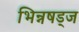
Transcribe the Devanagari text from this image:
भिन्नषड्ज